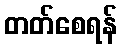
တတ်စေရန်